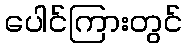
ပေါင်ကြားတွင်